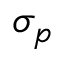
\sigma _ { p }